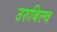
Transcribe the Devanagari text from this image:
उरुबिल्व